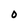
Character: 0